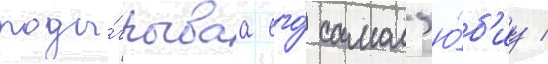
поды́грываа его́ самол'ю́б'иу /